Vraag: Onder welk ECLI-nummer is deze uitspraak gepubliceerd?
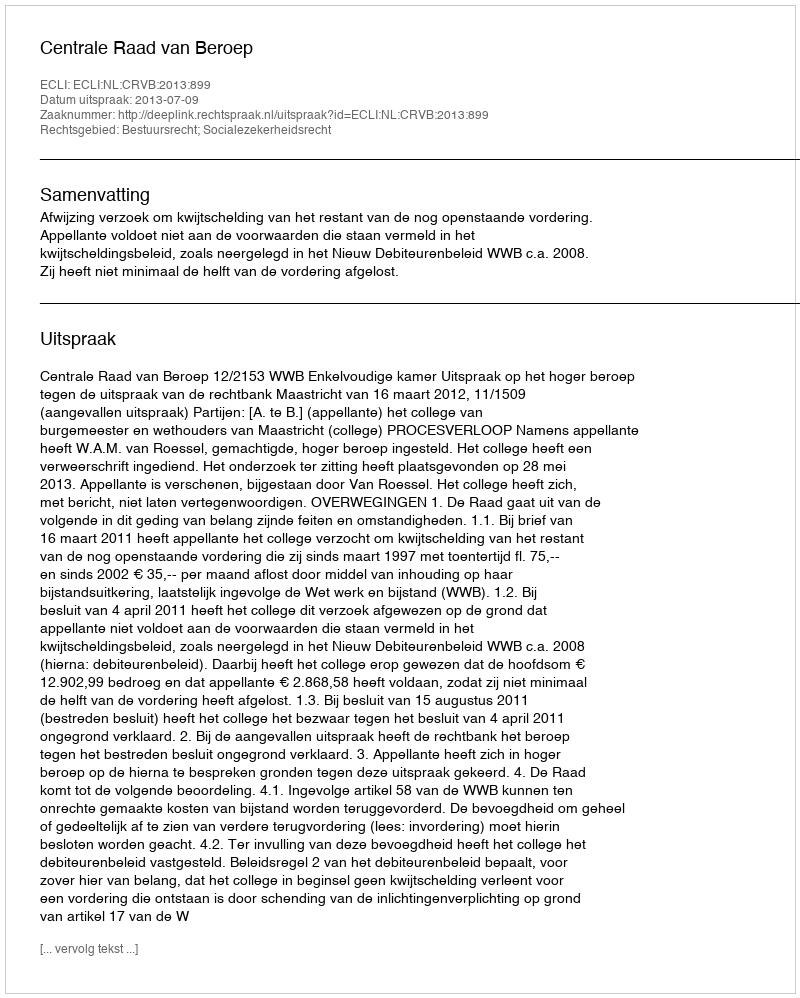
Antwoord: ECLI:NL:CRVB:2013:899